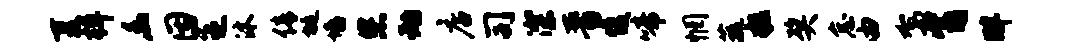
夏棹幽因乏沐倩埏墙您动店司深晋愎啼惘蔬粒奖怠由驾觜畔